Regulations for the medical services of the Army of India
Year: 1930
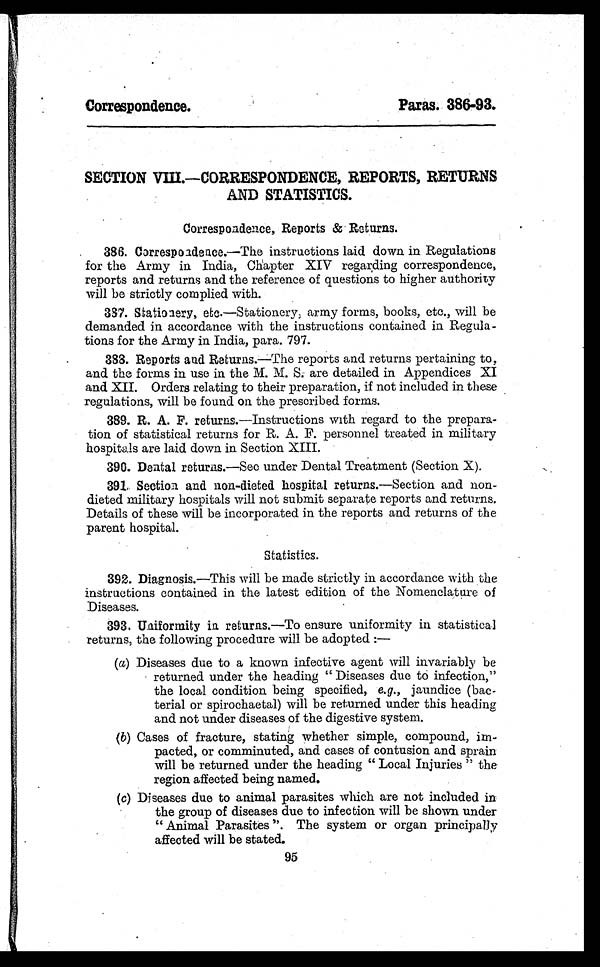
Correspondence.
Paras. 386-93.
SECTION VIII.—CORRESPONDENCE, REPORTS, RETURNS
AND STATISTICS.
•
Correspondence, Reports & Returns.
386. Correspondence.—The instructions laid down in Regulations
for the Army in India, Chapter XIV regarding correspondence,
reports and returns and the reference of questions to higher authority
will be strictly complied with.
337. Stationery, etc. —Stationery, army forms, books, etc., will be
demanded in accordance with the instructions contained in Regula-
tions for the Army in India, para. 797.
338. Reports and Returns. —The reports and returns pertaining to,
and the forms in use in the M. M. S. are detailed in Appendices XI
and XII. Orders relating to their preparation, if not included in these
regulations, will be found on the prescribed forms.
389. R. A. F. returns.—Instructions with regard to the prepara-
tion of statistical returns for R. A. F. personnel treated in military
hospitals are laid down in Section XIII.
390. Dental returns.—See under Dental Treatment (Section X).
3 9 1 . S e c t i o n a n d n o n - d i e t e d h o s p i t a l r e t u r n s . —Section and non-
dieted military hospitals will not submit separate reports and returns.
Details of these will be incorporated in the reports and returns of the
parent hospital.
Statistics.
392. Diagnosis. —This will be made strictly in accordance with the
instructions contained in the latest edition of the Nomenclature of
Diseases.
393. Uniformity in returns. —To ensure uniformity in statistical
returns, the following procedure will be adopted:
—
(a) Diseases due to a known infective agent will invariably be
returned under the heading "Diseases due to infection,"
the local condition being specified, e.g. , jaundice (bac-
terial or spirochaetal) will be returned under this heading
and not under diseases of the digestive system.
(b) Cases of fracture, stating whether simple, compound, im
pacted, or comminuted, and
and cases of contusion and sprain
will be returned under the heading "Local Injuries" the
region affected being named.
(c) Diseases due to animal parasites which are not included in
the group of diseases due to infection will be shown under
"Animal Parasites". The system or organ principally
affected will be stated.
95